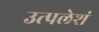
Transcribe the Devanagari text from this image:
उत्पलेशं